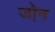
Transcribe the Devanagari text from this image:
जो़न